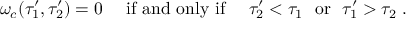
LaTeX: \omega _ { c } ( \tau _ { 1 } ^ { \prime } , \tau _ { 2 } ^ { \prime } ) = 0 ~ ~ ~ ~ \mathrm { i f ~ a n d ~ o n l y ~ i f } ~ ~ ~ ~ \tau _ { 2 } ^ { \prime } < \tau _ { 1 } ~ ~ \mathrm { o r } ~ ~ \tau _ { 1 } ^ { \prime } > \tau _ { 2 } \; .